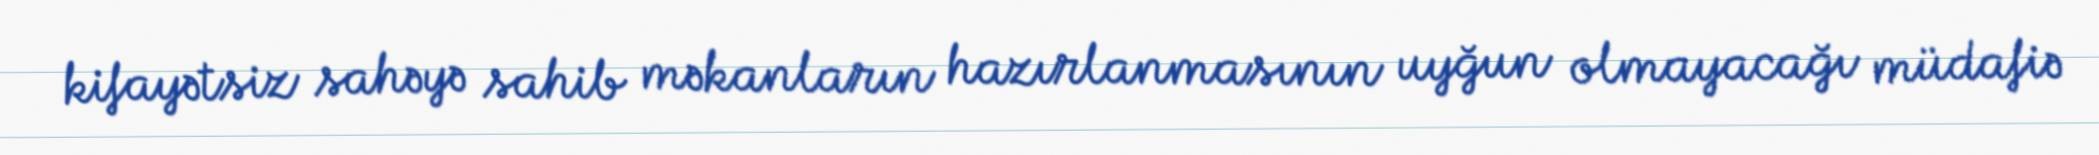
kifayətsiz sahəyə sahib məkanların hazırlanmasının uyğun olmayacağı müdafiə